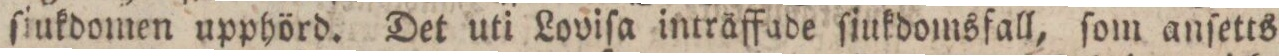
ſiukdomen upphörd. Det uti Loviſa inträffade ſjukdomsfall, ſom anſetts